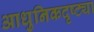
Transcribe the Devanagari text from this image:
आधुनिकदृष्ट्या